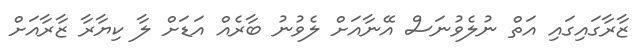
ޒާރާގައިގައި އަތް ނުލެވުނަސް އޭނާއަށް ލެވުނު ބާރެއް އަޑަށް ލާ ކިޔާރާ ޒާރާއަށް